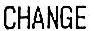
CHANGE